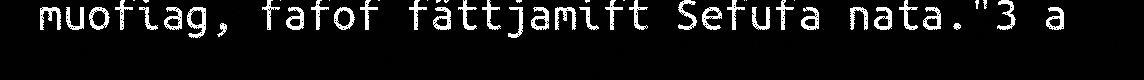
muofiag, fafof fättjamift Sefufa nata."3 a